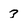
Character: 3